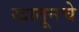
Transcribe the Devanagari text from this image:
खातूनचे